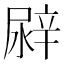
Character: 𨐛